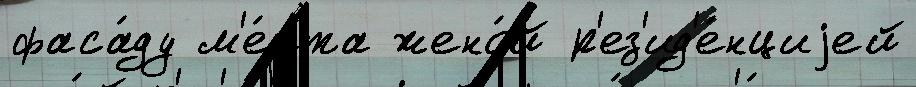
фаса́ду м'е́ста жено́й р'ез'ид'е́нциjей